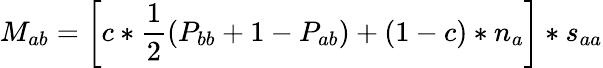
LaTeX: M_{ab}=\left[c*\frac{1}{2}(P_{bb}+1-P_{ab})+(1-c)*n_{a}\right]*s_{aa}